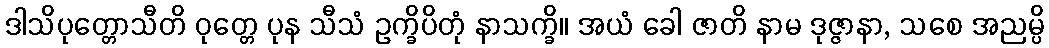
ဒါသိပုတ္တောသီတိ ဝုတ္တေ ပုန သီသံ ဥက္ခိပိတုံ နာသက္ခိ။ အယံ ခေါ ဇာတိ နာမ ဒုဇ္ဇာနာ, သစေ အညမ္ပိ